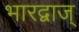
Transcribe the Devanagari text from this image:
भारद्वाज्